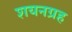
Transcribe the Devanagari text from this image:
शयनग्रह